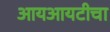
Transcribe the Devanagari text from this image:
आयआयटीचा